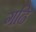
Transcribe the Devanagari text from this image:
गढि